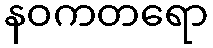
နဝကတရော